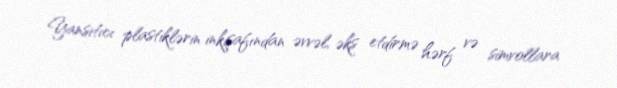
Yansıtıcı plastiklərin inkişafından əvvəl, əks etdirmə hərf və simvollara